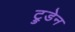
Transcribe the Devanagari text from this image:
ट्रुडेन